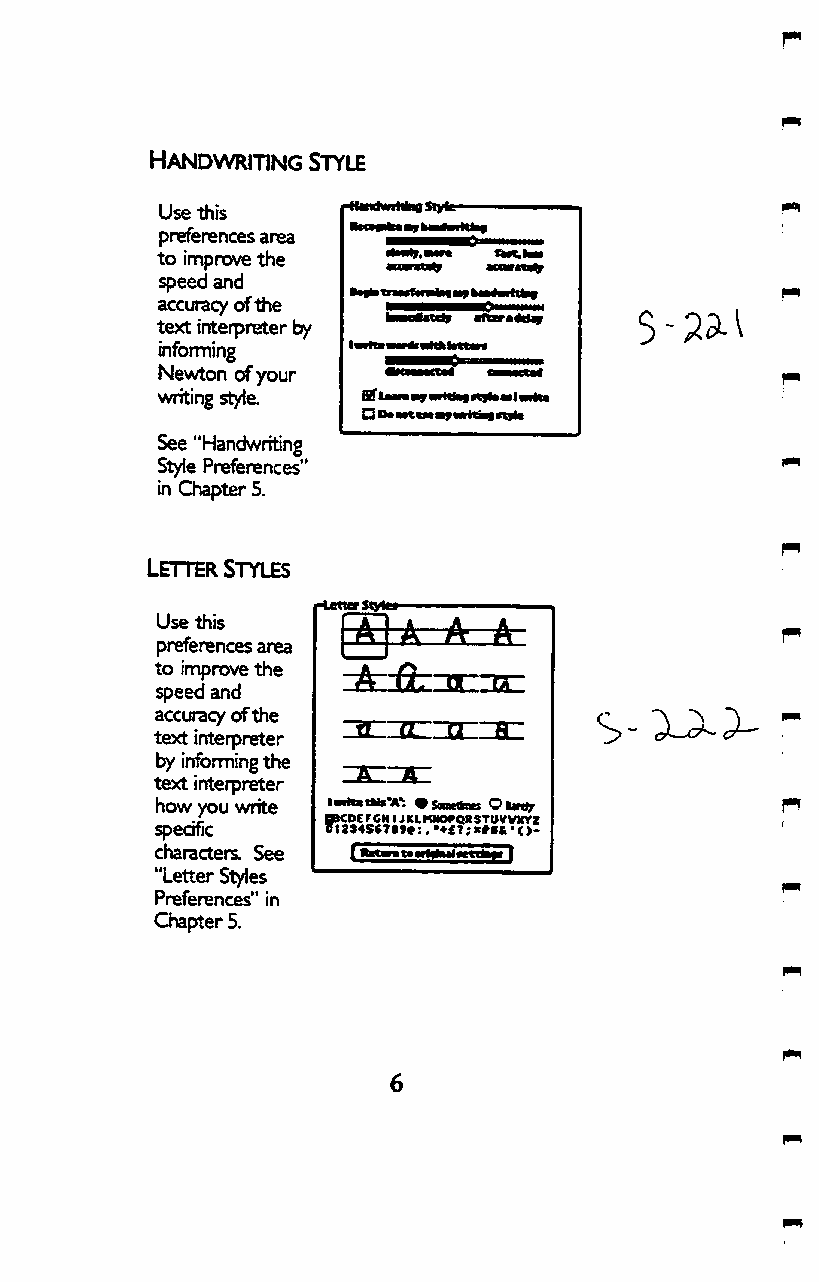
Handwriting Style
 Use this
 preferences area
 to improve the
 speed and
 accuracy of the
 text interpreter b/
 informing
 Newton of your
 writing style. BTUMMfwMMfacytowlwrita
 See "Handwriting
 Style Preferences"
 in Qiapter 5.
 Use this
 preferences area
 to improve the
 A   CL-ilji:
 speed and
 accuracy of the
 text interpreter
 by infonning the
 text interpreter
 how you write    •S(nett» OtMH,
 specific
 mVCt D2E3F4C5H«IJ7KtL9K*M:.•O♦PQ£R?S;»T*U*V&V•X<V>Z-
 characters. See
 "Letter Styles
 Preferences" in
 Chapter 5.